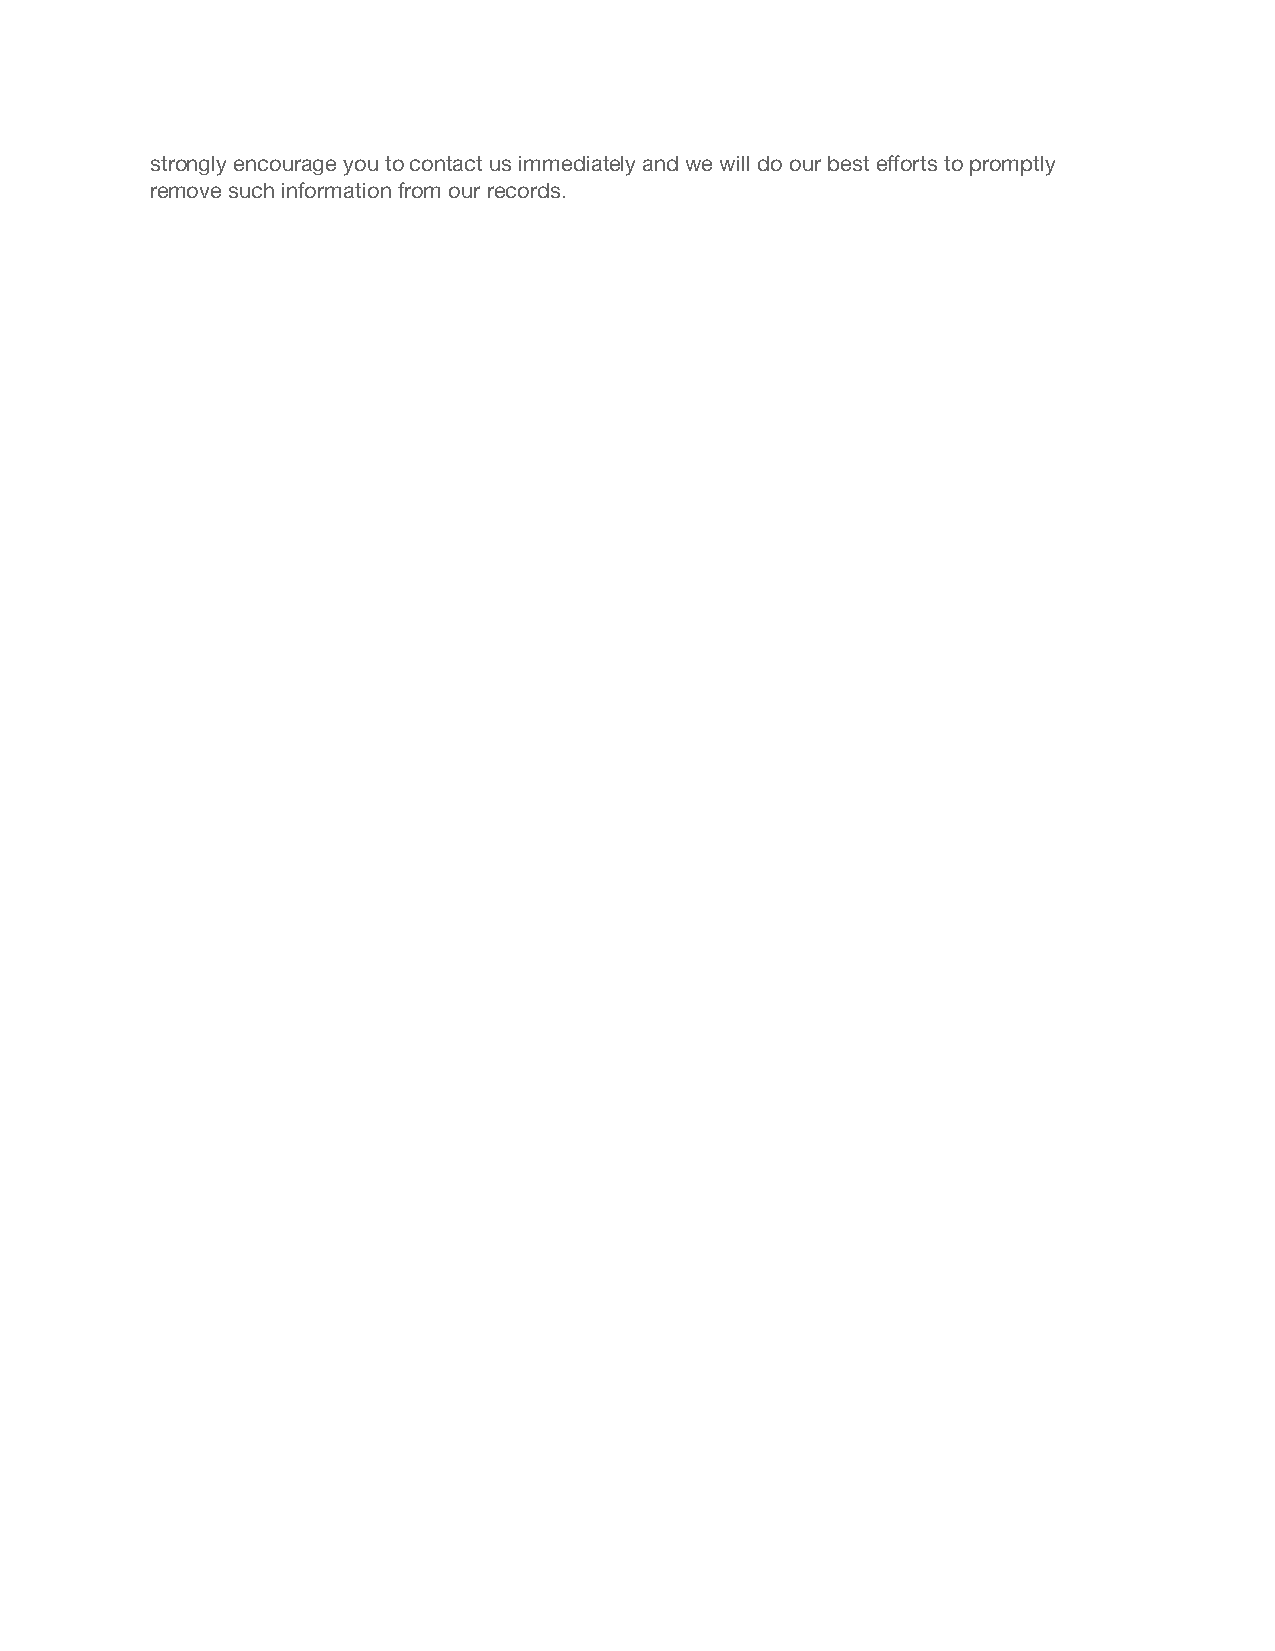
strongly encourage you to contact us immediately and we will do our best efforts to promptly
 remove such information from our records.